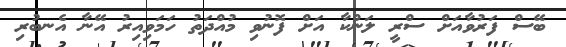
ބޭސް ފަރުވާއަށް ސްރީ ލަންކާ އަށް ފޮނުވި މުއްދަތު ހަމަވިއިރު އޭނާ އެނބުރި